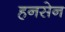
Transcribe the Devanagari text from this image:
हनसेन